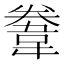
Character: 韏